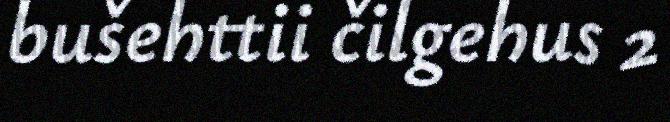
bušehttii čilgehus 2